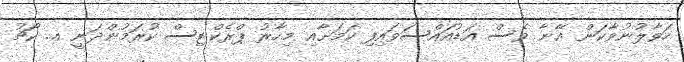
ހަވާލުނުވާކަން އޭނާ ވެސް އަޑުއައްސަވައިފި ކަމަށާއި މިހާރު ޕްރެކްޓިސް ކުރަމުންދަނީ އ. ކޯޗު